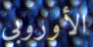
الأوروبي